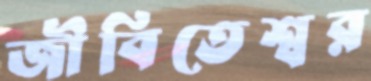
জীবিতেশ্বর